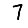
Digit: 7